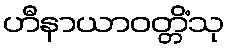
ဟီနာယာဝတ္တိံသု